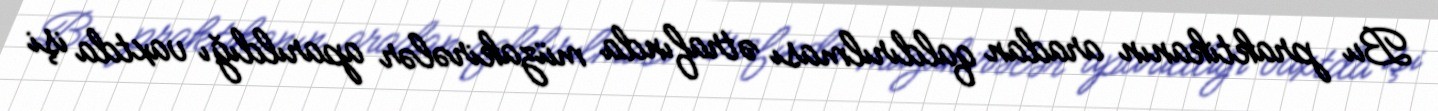
Bu praktikanın aradan qaldırılması ətrafında müzakirələr aparıldığı vaxtda işi